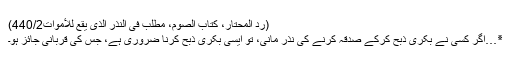
(رد المحتار، کتاب الصوم، مطلب فی النذر الذی یقع للأموات440/2)
٭…اگر کسی نے بکری ذبح کرکے صدقہ کرنے کی نذر مانی، تو ایسی بکری ذبح کرنا ضروری ہے، جس کی قربانی جائز ہو۔